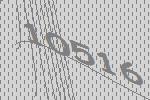
10516